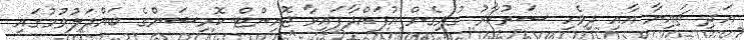
އަދި ޗައިނާ އާއި ދިވެހި ސަރުކާރު ގުޅިގެން އުފައްދާފައިވާ ޖޮއިންޓް ކޮމިޝަންގެ ބައްދަލުވުމުގައި